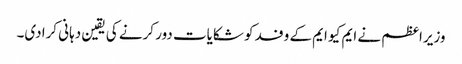
وزیراعظم نے ایم کیو ایم کے وفد کو شکایات دور کرنے کی یقین دہانی کرادی۔